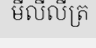
មីលីលីត្រ